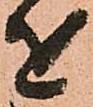
を